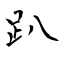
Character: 趴